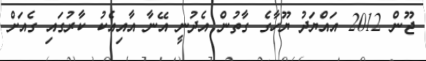
ޖޫން 2012 އައްޔަދު ޔޫހާގެ ގާތުން އެދުނީ އޭނާ އާއިއެކު ކާރުގައި ގެއަށް